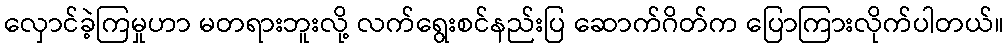
လှောင်ခဲ့ကြမှုဟာ မတရားဘူးလို့ လက်ရွေးစင်နည်းပြ ဆောက်ဂိတ်က ပြောကြားလိုက်ပါတယ်။